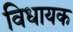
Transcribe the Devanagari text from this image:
विधायक